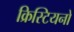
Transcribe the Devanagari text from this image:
क्रिस्टियनो